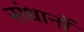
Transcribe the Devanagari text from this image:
संधानों